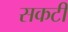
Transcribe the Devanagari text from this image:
सकटी